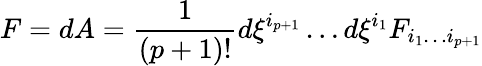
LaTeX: F=dA={\frac{1}{(p+1)!}}d\xi^{i_{p+1}}\dots d\xi^{i_{1}}F_{i_{1}\dots i_{p+1}}